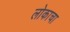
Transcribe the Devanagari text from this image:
लोकाचा